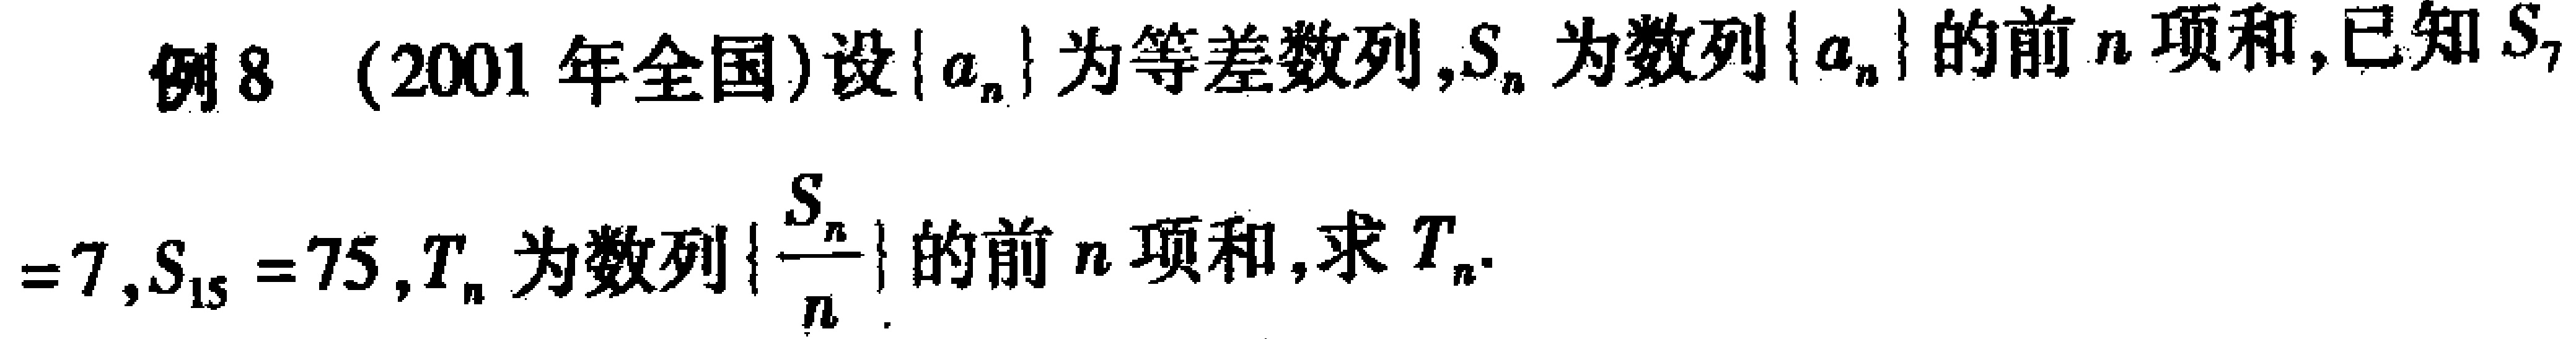
例8 （2001 年全国）设\(\{a_{n}\}\)为等差数列，\(S_{n}\)为数列\(\{a_{n}\}\)的前\(n\)项和，已知\(S_{7}=7\)，\(S_{15}=75\)，\(T_{n}\)为数列\(\{\frac{S_{n}}{n}\}\)的前\(n\)项和，求\(T_{n}\)。